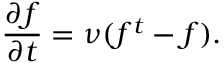
\frac { \partial f } { \partial t } = \nu ( f ^ { t } - f ) .